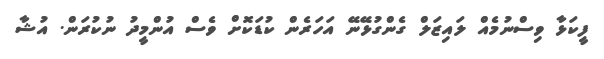
ފީކަޅާ ވިސްނުމެއް ލައިޒަލް ގެންގުޅޭނޭ އަހަރެން ކުޑަކޮށް ވެސް އުންމީދު ނުކުރަން. އުޝާ